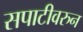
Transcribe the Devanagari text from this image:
सपाटीवरुन